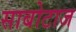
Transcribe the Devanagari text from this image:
साबोटाज